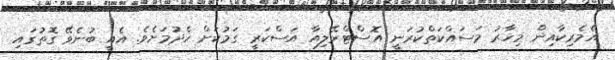
އެމެރިކާއިން މިހާރު މަސައްކަތްކުރަނީ އޮސްޓްރޭލިއާ އަސްކަރީ ގަމުކަށް ހެދުމަށެވެ. އެއީ ބުނެވޭ ގޮތުގައި